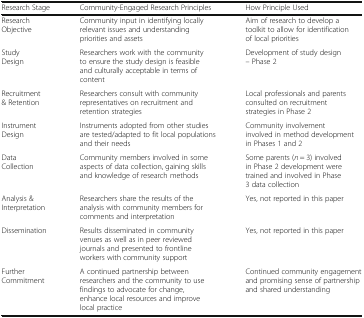
<table><thead><tr><td><b>Research Stage</b></td><td><b>Community-Engaged Research Principles</b></td><td><b>How Principle Used</b></td></tr></thead><tbody><tr><td>Research Objective</td><td>Community input in identifying locally relevant issues and understanding priorities and assets</td><td>Aim of research to develop a toolkit to allow for identification of local priorities</td></tr><tr><td>Study Design</td><td>Researchers work with the community to ensure the study design is feasible and culturally acceptable in terms of content</td><td>Development of study design – Phase 2</td></tr><tr><td>Recruitment &amp; Retention</td><td>Researchers consult with community representatives on recruitment and retention strategies</td><td>Local professionals and parents consulted on recruitment strategies in Phase 2</td></tr><tr><td>Instrument Design</td><td>Instruments adopted from other studies are tested/adapted to fit local populations and their needs</td><td>Community involvement involved in method development in Phases 1 and 2</td></tr><tr><td>Data Collection</td><td>Community members involved in some aspects of data collection, gaining skills and knowledge of research methods</td><td>Some parents (<i>n</i> = 3) involved in Phase 2 development were trained and involved in Phase 3 data collection</td></tr><tr><td>Analysis &amp; Interpretation</td><td>Researchers share the results of the analysis with community members for comments and interpretation</td><td>Yes, not reported in this paper</td></tr><tr><td>Dissemination</td><td>Results disseminated in community venues as well as in peer reviewed journals and presented to frontline workers with community support</td><td>Yes, not reported in this paper</td></tr><tr><td>Further Commitment</td><td>A continued partnership between researchers and the community to use findings to advocate for change, enhance local resources and improve local practice</td><td>Continued community engagement and promising sense of partnership and shared understanding</td></tr></tbody></table>